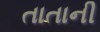
તાતાની